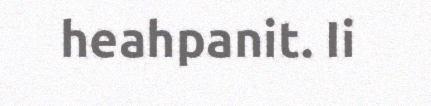
heahpanit. Ii